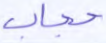
حجاب